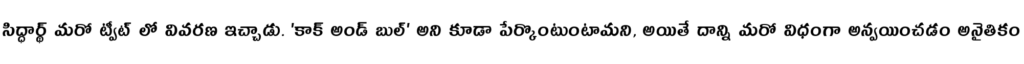
సిద్ధార్థ్ మరో ట్వీట్ లో వివరణ ఇచ్చాడు. 'కాక్ అండ్ బుల్' అని కూడా పేర్కొంటుంటామని, అయితే దాన్ని మరో విధంగా అన్వయించడం అనైతికం